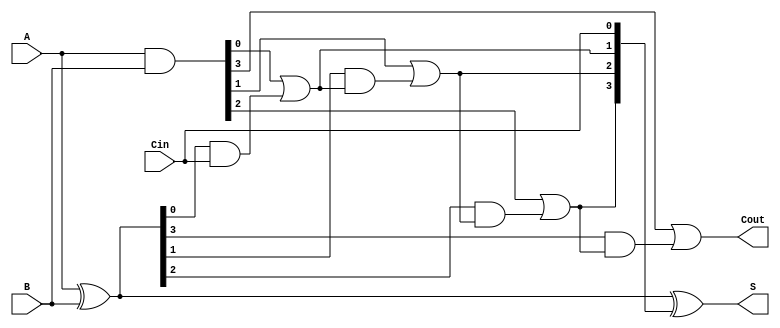
module CILA #(parameter n = 4) (
    input  [n-1:0] A,      // First n-bit input
    input  [n-1:0] B,      // Second n-bit input
    input          Cin,     // Carry-in
    output [n-1:0] S,      // n-bit sum output
    output         Cout     // Carry-out
);

    // Generate and Propagate signals
    wire [n-1:0] G; // Generate signals
    wire [n-1:0] P; // Propagate signals
    wire [n:0] C;   // Carry signals

    // Generate and Propagate logic
    assign G = A & B;          // G[i] = A[i] AND B[i]
    assign P = A ^ B;          // P[i] = A[i] XOR B[i]

    // Carry signals calculation
    assign C[0] = Cin;         // C[0] = Cin
    genvar i;
    generate
        for (i = 0; i < n; i = i + 1) begin : carry_calc
            if (i == 0) begin
                assign C[i + 1] = G[i] | (P[i] & C[i]); // C[1] = G[0] OR (P[0] AND C[0])
            end else begin
                assign C[i + 1] = G[i] | (P[i] & C[i]); // C[i + 1] = G[i] OR (P[i] AND C[i])
            end
        end
    endgenerate

    // Sum calculation
    assign S = P ^ C[n-1:0]; // S[i] = P[i] XOR C[i]

    // Carry-out signal
    assign Cout = C[n];       // Cout = C[n]

endmodule